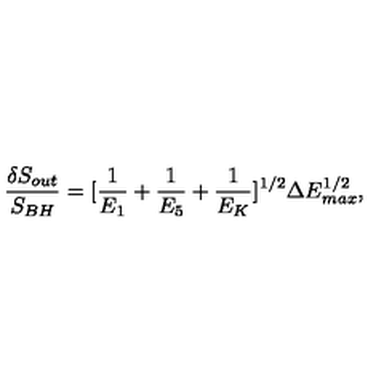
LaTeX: \frac { \delta S _ { o u t } } { S _ { B H } } = [ \frac { 1 } { E _ { 1 } } + \frac { 1 } { E _ { 5 } } + \frac { 1 } { E _ { K } } ] ^ { 1 / 2 } \Delta E _ { m a x } ^ { 1 / 2 } ,